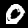
Digit: 0